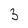
Character: 3